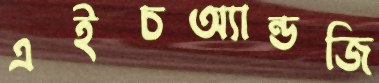
এইচঅ্যান্ডজি